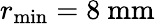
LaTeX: r_{\mathrm{min}}=8\ \mathrm{mm}